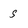
Character: s